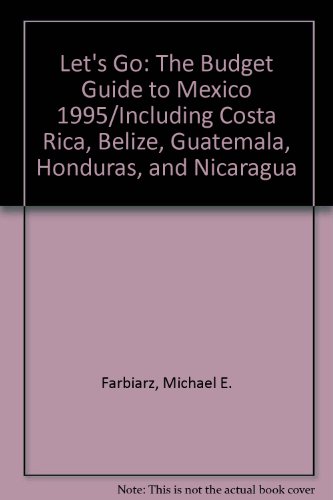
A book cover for Let's Go: The Budget Guide to Mexico 1995/Including Costa Rica, Belize, Guatemala, Honduras, and Nicaragua; Michael E. Farbiarz; Travel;